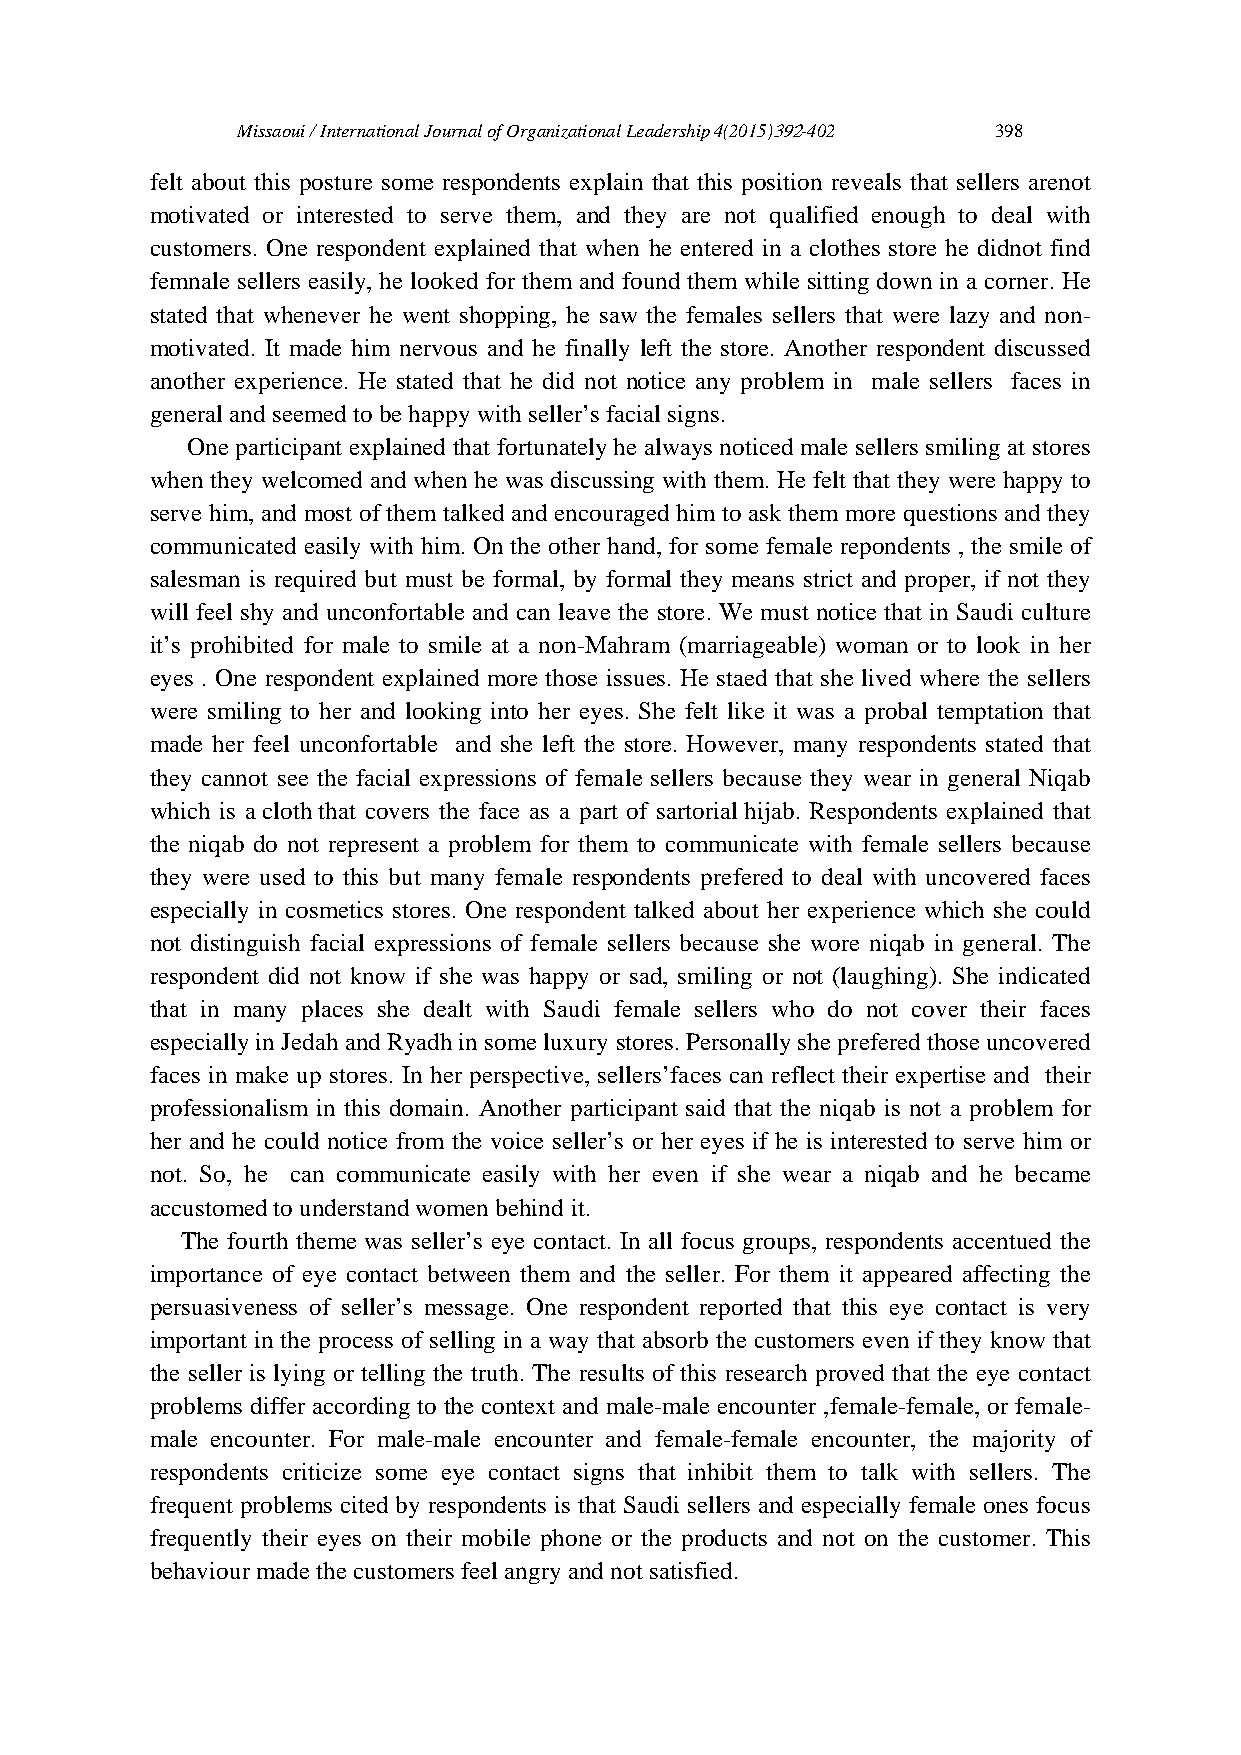
Missaoui / International Journal of Organizational Leadership 4(2015)392-402 398
 felt about this posture some respondents explain that this position reveals that sellers arenot
 motivated or interested to serve them, and they are not qualified enough to deal with
 customers. One respondent explained that when he entered in a clothes store he didnot find
 femnale sellers easily, he looked for them and found them while sitting down in a corner. He
 stated that whenever he went shopping, he saw the females sellers that were lazy and non-
 motivated. It made him nervous and he finally left the store. Another respondent discussed
 another experience. He stated that he did not notice any problem in male sellers faces in
 general and seemed to be happy with seller’s facial signs.
 One participant explained that fortunately he always noticed male sellers smiling at stores
 when they welcomed and when he was discussing with them. He felt that they were happy to
 serve him, and most of them talked and encouraged him to ask them more questions and they
 communicated easily with him. On the other hand, for some female repondents , the smile of
 salesman is required but must be formal, by formal they means strict and proper, if not they
 will feel shy and unconfortable and can leave the store. We must notice that in Saudi culture
 it’s prohibited for male to smile at a non-Mahram (marriageable) woman or to look in her
 eyes . One respondent explained more those issues. He staed that she lived where the sellers
 were smiling to her and looking into her eyes. She felt like it was a probal temptation that
 made her feel unconfortable and she left the store. However, many respondents stated that
 they cannot see the facial expressions of female sellers because they wear in general Niqab
 which is a cloth that covers the face as a part of sartorial hijab. Respondents explained that
 the niqab do not represent a problem for them to communicate with female sellers because
 they were used to this but many female respondents prefered to deal with uncovered faces
 especially in cosmetics stores. One respondent talked about her experience which she could
 not distinguish facial expressions of female sellers because she wore niqab in general. The
 respondent did not know if she was happy or sad, smiling or not (laughing). She indicated
 that in many places she dealt with Saudi female sellers who do not cover their faces
 especially in Jedah and Ryadh in some luxury stores. Personally she prefered those uncovered
 faces in make up stores. In her perspective, sellers’faces can reflect their expertise and their
 professionalism in this domain. Another participant said that the niqab is not a problem for
 her and he could notice from the voice seller’s or her eyes if he is interested to serve him or
 not. So, he can communicate easily with her even if she wear a niqab and he became
 accustomed to understand women behind it.
 The fourth theme was seller’s eye contact. In all focus groups, respondents accentued the
 importance of eye contact between them and the seller. For them it appeared affecting the
 persuasiveness of seller’s message. One respondent reported that this eye contact is very
 important in the process of selling in a way that absorb the customers even if they know that
 the seller is lying or telling the truth. The results of this research proved that the eye contact
 problems differ according to the context and male-male encounter ,female-female, or female-
 male encounter. For male-male encounter and female-female encounter, the majority of
 respondents criticize some eye contact signs that inhibit them to talk with sellers. The
 frequent problems cited by respondents is that Saudi sellers and especially female ones focus
 frequently their eyes on their mobile phone or the products and not on the customer. This
 behaviour made the customers feel angry and not satisfied.